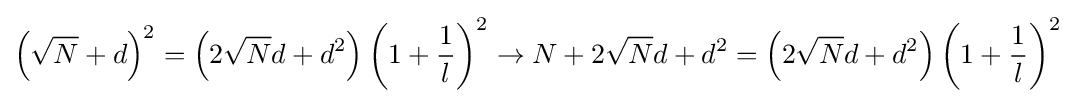
\left({\sqrt {N}}+d\right)^{2}=\left(2{\sqrt {N}}d+d^{2}\right)\left(1+{\frac {1}{l}}\right)^{2}\to N+2{\sqrt {N}}d+d^{2}=\left(2{\sqrt {N}}d+d^{2}\right)\left(1+{\frac {1}{l}}\right)^{2}